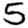
Digit: 5